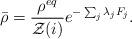
LaTeX: \begin{align*}\bar{\rho} = \frac{\rho^{eq}}{\mathcal{Z}(i)}e^{-\sum_j \lambda_j F_j}.\end{align*}